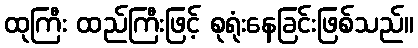
ထုကြီး ထည်ကြီးဖြင့် စုရုံးနေခြင်းဖြစ်သည်။